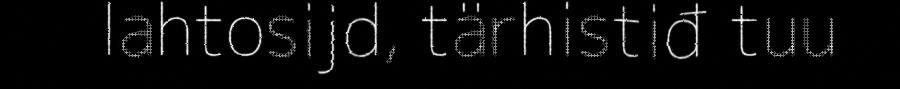
lahtosijd, tärhistiđ tuu